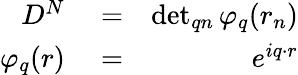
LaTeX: \begin{array}{rlr}{D^{N}}&{{}=}&{\operatorname*{det}_{qn}\varphi_{q}(r_{n})}\\ {\varphi_{q}(r)}&{{}=}&{e^{iq\cdot r}}\end{array}